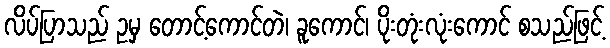
လိပ်ပြာသည် ဥမှ တောင့်ကောင်တဲ၊ ခူကောင်၊ ပိုးတုံးလုံးကောင် စသည်ဖြင့်